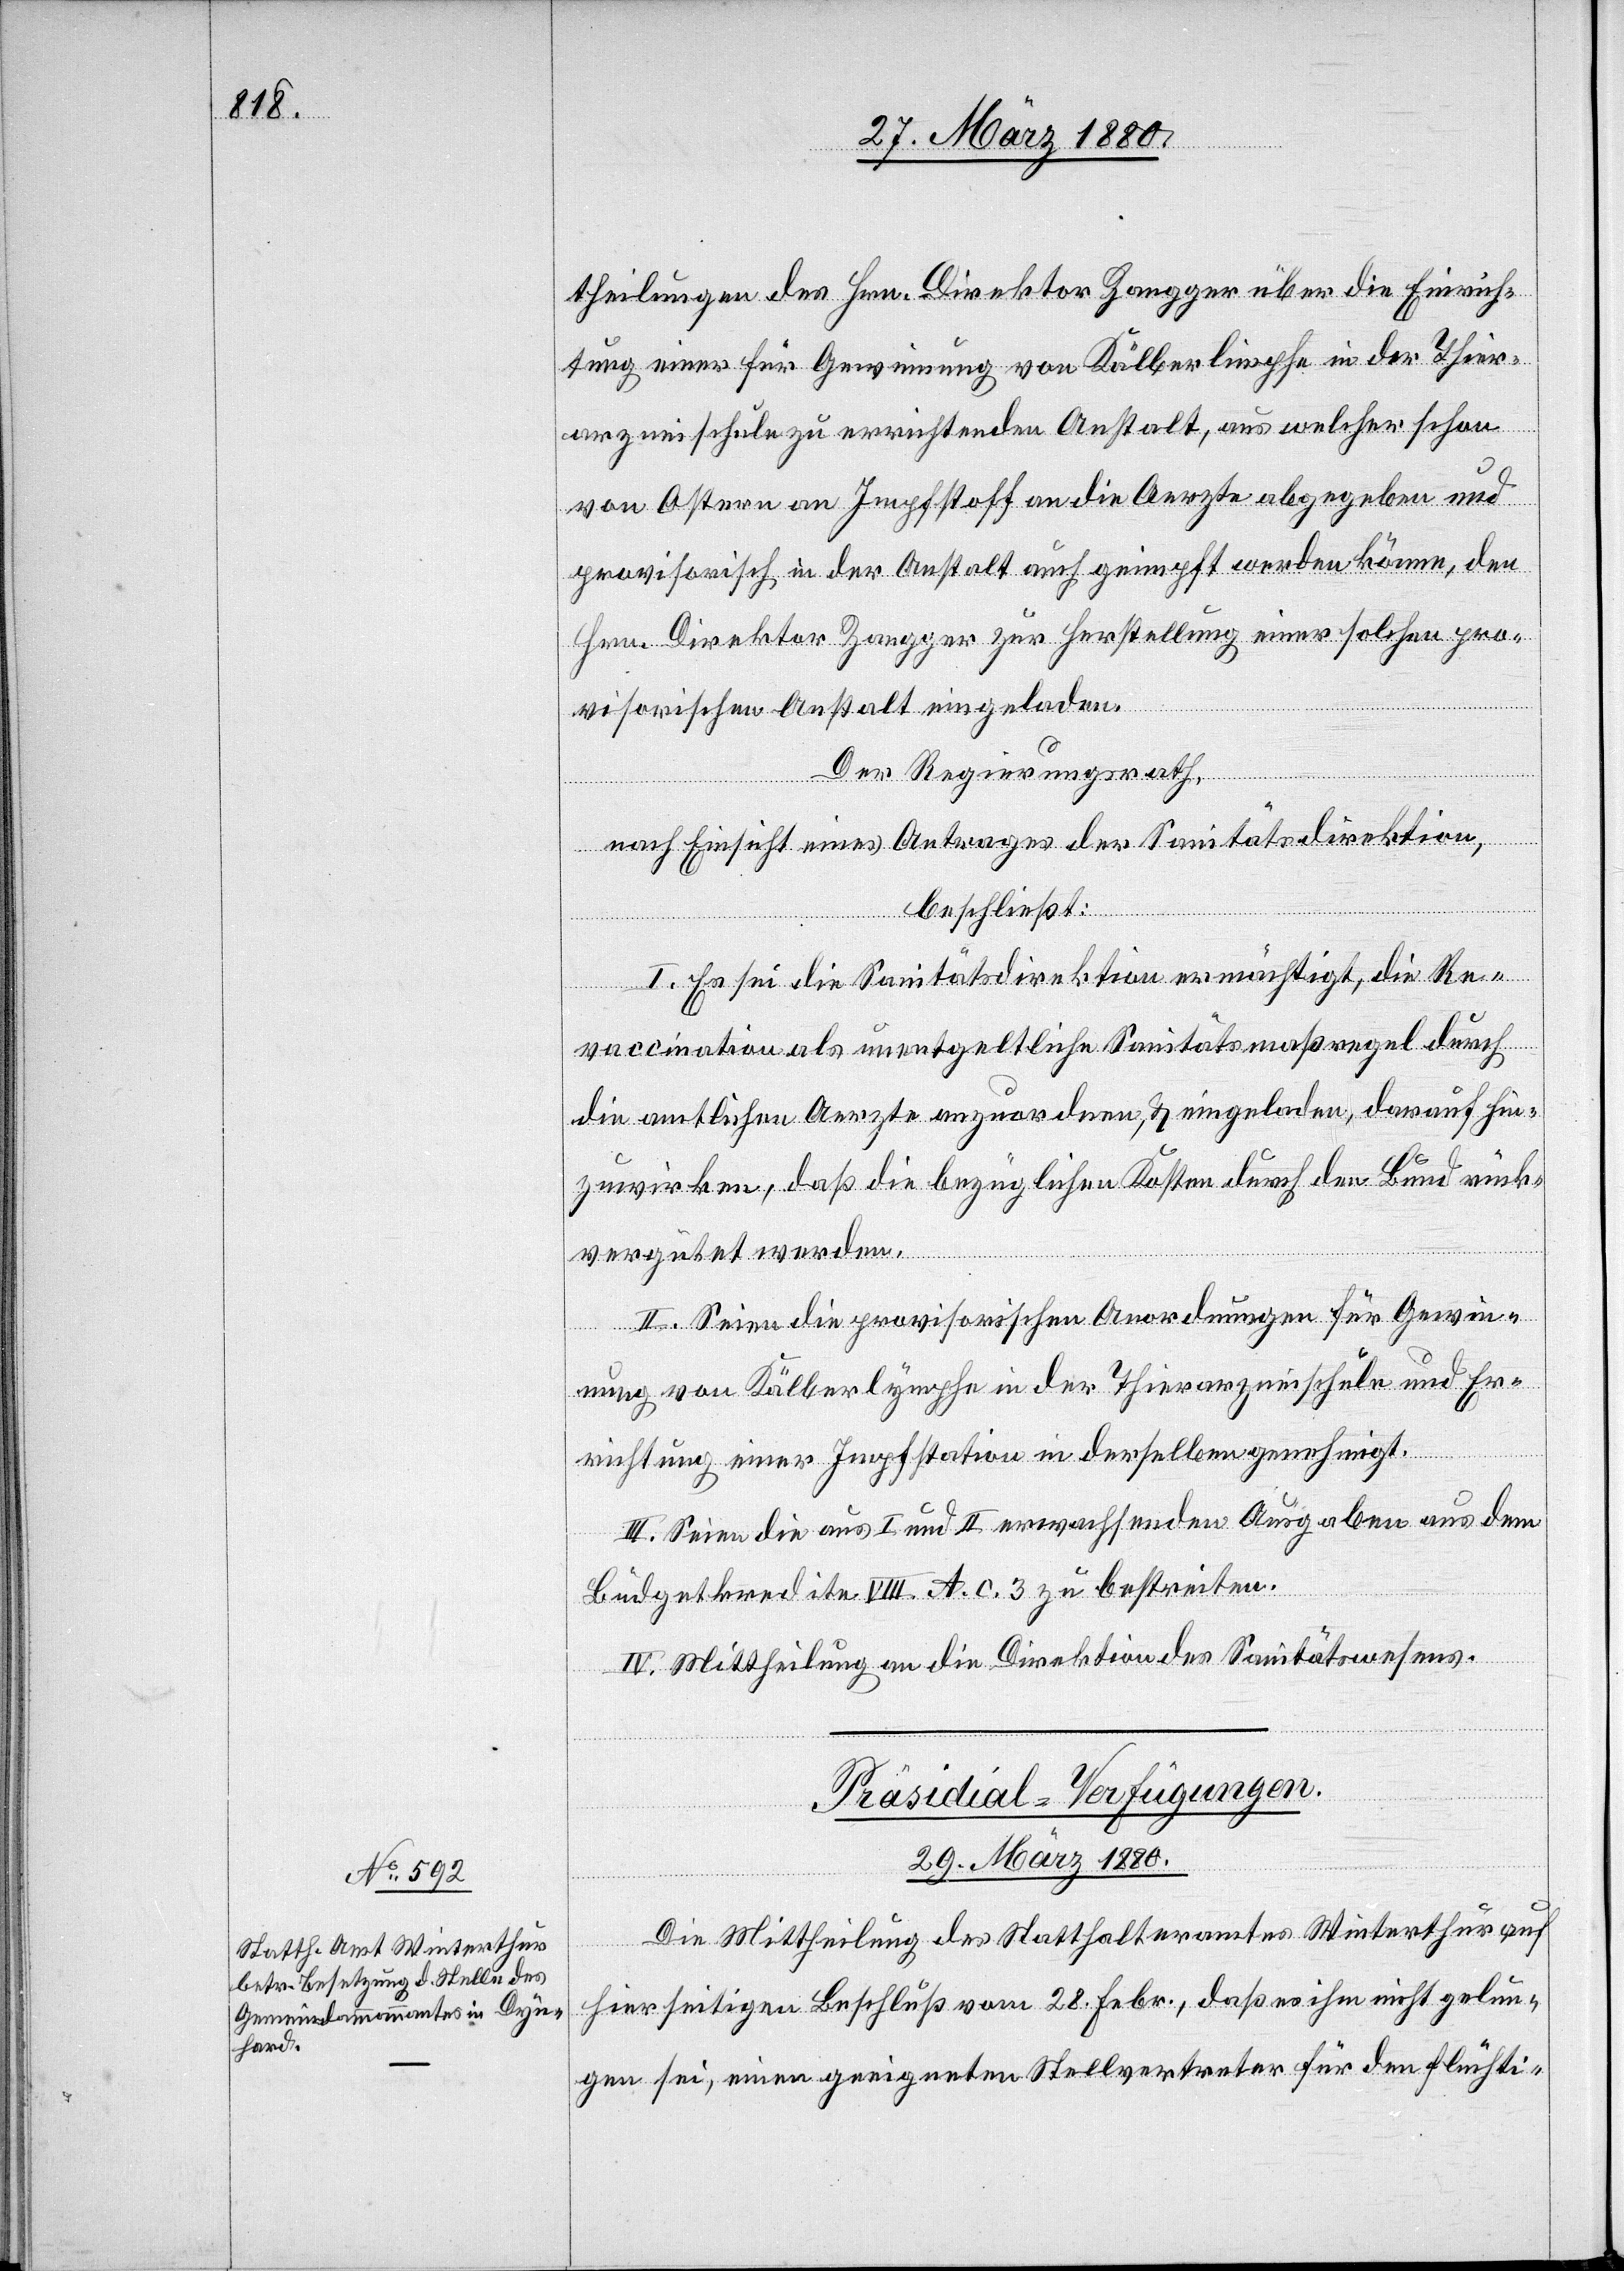
theilungen des Hrn. Direktor Zangger über die Einrich¬
tung einer für Gewinnung von Kälberlimphe in der Thier¬
arzneischule zu errichtenden Anstalt, aus welcher schon
von Ostern an Impfstoff an die Aerzte abgegeben und
provisorisch in der Anstalt auch geimpft werden könne, den
Hrn. Direktor Zangger zur Herstellung einer solchen pro¬
visorischen Anstalt eingeladen.
Der Regierungsrath,
nach Einsicht eines Antrages der Sanitätsdirektion,
beschließt:
I. Es sei die Sanitätsdirektion ermächtigt, die Re¬
vaccination als unentgeltliche Sanitätsmaßregel durch
die amtlichen Aerzte anzuordnen, & eingeladen, darauf hin¬
zuwirken, daß die bezüglichen Kosten durch den Bund rück¬
vergütet werden.
II. Seien die provisorischen Anordnungen für Gewin¬
nung von Kälberlymphe in der Thierarzneischule und Er¬
richtung einer Impfstation in derselben genehmigt.
III. Seien die aus I und II erwachsenden Ausgaben aus dem
Büdgetkredite VIII. A. c. 3 zu bestreiten.
IV. Mittheilung an die Direktion des Sanitätswesens.
Präsidial-Verfügungen.
29. März 1880.
Die Mittheilung des Statthalteramtes Winterthur auf
hierseitigen Beschluß vom 28. Febr., daß es ihm nicht gelun¬
gen sei, einen geeigneten Stellvertreter für den flüchti-